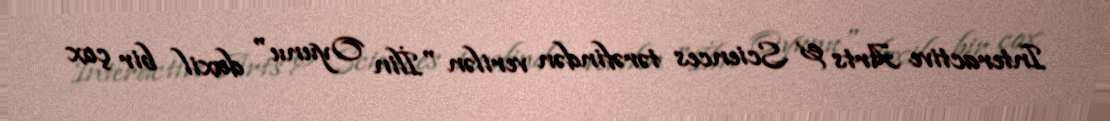
Interactive Arts & Sciences tərəfindən verilən "İlin Oyunu" daxil bir çox